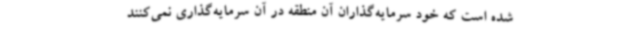
شده است که خود سرمایه‌گذاران آن منطقه در آن سرمایه‌گذاری نمی‌کنند